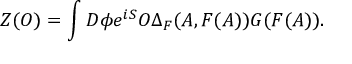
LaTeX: Z ( { \cal O } ) = \int D \phi e ^ { i S } { \cal O } \Delta _ { F } ( A , F ( A ) ) G ( F ( A ) ) .